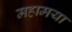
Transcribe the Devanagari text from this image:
महामया